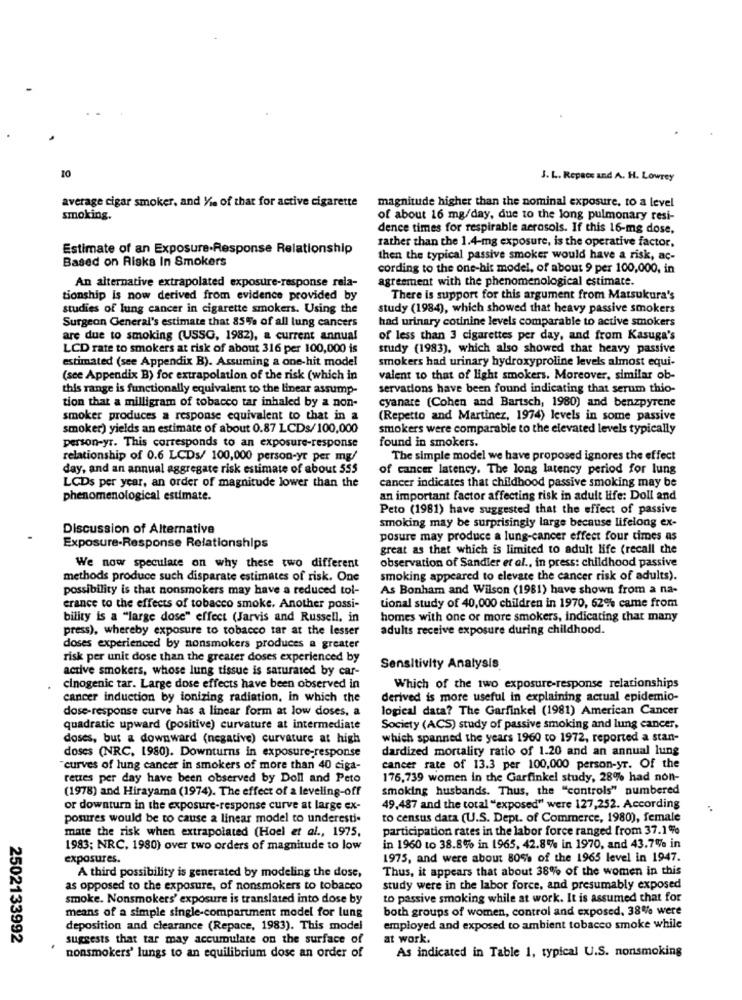
10
J. L. Repace and A. H. Lowrey
average cigar smoker, and Via of that for active cigarette
magnitude higher than the nominal exposure. to a level
smoking.
of about 16 mg/day, due to the long pulmonary resi-
dence times for respirable aerosols. If this 16-mg dose,
rather than the 1.4-mg exposure, is the operative factor,
Estimate of an Exposure.Response Relationship
Based on Risks In Smokers
then the typical passive smoker would have a risk, ac-
cording to the one-hit model, of about 9 per 100,000, in
An alternative extrapolated exposure-response rela-
agreement with the phenomenological estimate.
tionship is now derived from evidence provided by
There is support for this argument from Matsukura's
studies of lung cancer in cigarette smokers. Using the
study (1984), which showed that heavy passive smokers
Surgeon General's estimate that 85% of all lung cancers
had urinary cotinine levels comparable to active smokers
are due to smoking (USSG, 1982), a current annual
of less than 3 cigarettes per day, and from Kasuga's
LCD rate to smokers at risk of about 316 per 100,000 is
study (1983), which also showed that heavy passive
estimated (see Appendix B). Assuming a one-hit model
smokers had urinary hydroxyproline levels almost equi-
(see Appendix B) for extrapolation of the risk (which in
valent to that of light smokers. Moreover, similar ob-
this range is functionally equivalent to the linear assump-
servations have been found indicating that serum thio-
tion that a milligram of tobacco tar inhaled by a non-
cyanare (Cohen and Bartsch, 1980) and benzpyrene
smoker produces a response equivalent to that in a
(Repetto and Martinez, 1974) levels in some passive
smoker) yields an estimate of about 0.87 LCDs/100,000
smokers were comparable to the elevated levels typically
person-yr. This corresponds to an exposure-response
found in smokers.
relationship of 0.6 LCDs/ 100,000 person-yr per mg/
The simple model we have proposed ignores the effect
day, and an annual aggregate risk estimate of about 555
of cancer latency. The long latency period for lung
LCDs per year, an order of magnitude lower than the
cancer indicates that childhood passive smoking may be
phenomenological estimate.
an important factor affecting risk in adult life: Doll and
Peto (1981) have suggested that the effect of passive
smoking may be surprisingly large because lifelong ex-
Discussion of Alternative
posure may produce a lung-cancer effect four times as
Exposure-Response Relationships
great as that which is limited to adult life (recall the
observation of Sandler et al ., in press: childhood passive
We now speculate on why these two different
methods produce such disparate estimates of risk. One
smoking appeared to elevate the cancer risk of adults).
possibility is that nonsmokers may have a reduced tol-
As Bonham and Wilson (1981) have shown from a na-
erance to the effects of tobacco smoke. Another possi-
tional study of 40,000 children in 1970, 62% came from
bility is a "large dose" effect (Jarvis and Russell, in
homes with one or more smokers, indicating that many
press), whereby exposure to tobacco tar at the lesser
adults receive exposure during childhood.
doses experienced by nonsmokers produces a greater
risk per unit dose than the greater doses experienced by
active smokers, whose lung tissue is saturated by car-
Sensitivity Analysis
cinogenic tar. Large dose effects have been observed in
Which of the two exposure-response relationships
cancer induction by ionizing radiation, in which the
derived is more useful in explaining actual epidemio-
dose-response curve has a linear form at low doses, a
logical data? The Garfinkel (1981) American Cancer
quadratic upward (positive) curvature at intermediate
Society (ACS) study of passive smoking and lung cancer,
doses, but a downward (negative) curvature at high
which spanned the years 1960 to 1972, reported a stan-
dardized mortality ratio of 1.20 and an annual lung
doses (NRC, 1980). Downturns in exposure-response
"curves of lung cancer in smokers of more than 40 ciga-
cancer rate of 13.3 per 100,000 person-yr. Of the
rettes per day have been observed by Doll and Peto
175,739 women in the Garfinkel study, 28% had non-
(1978) and Hirayama (1974). The effect of a leveling-off
smoking husbands. Thus, the "controls" numbered
or downturn in the exposure-response curve at large ex-
49,487 and the total "exposed" were 127,252. According
posures would be to cause a linear model to underesti-
to census data (U.S. Dept. of Commerce, 1980), female
mate the risk when extrapolated (Hoel et al ., 1975,
participation rates in the labor force ranged from 37.1%
1983; NRC, 1980) over two orders of magnitude to low
in 1960 to 38.8% in 1965, 42.8% in 1970, and 43.7% in
exposures.
1975, and were about 80% of the 1965 level in 1947.
A third possibility is generated by modeling the dose,
Thus, it appears that about 38% of the women in this
as opposed to the exposure, of nonsmokers to tobacco
study were in the labor force, and presumably exposed
smoke. Nonsmokers' exposure is translated into dose by
to passive smoking while at work. It is assumed that for
both groups of women, control and exposed. 38% were
means of a simple single-compartment model for lung
deposition and clearance (Repace, 1983). This model
employed and exposed to ambient tobacco smoke while
2502133992
suggests that tar may accumulate on the surface of
at work.
As indicated in Table 1, typical U.S. nonsmoking
nonsmokers' lungs to an equilibrium dose an order of